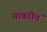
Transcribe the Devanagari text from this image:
गाबडीचं